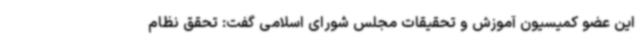
این عضو کمیسیون آموزش و تحقیقات مجلس شورای اسلامی گفت: تحقق نظام